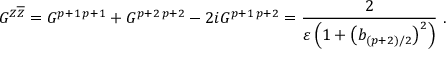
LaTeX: G ^ { Z \overline { { { Z } } } } = G ^ { p + 1 \, p + 1 } + G ^ { p + 2 \, p + 2 } - 2 i G ^ { p + 1 \, p + 2 } = \frac { 2 } { \varepsilon \left( 1 + \left( b _ { ( p + 2 ) / 2 } \right) ^ { 2 } \right) } ~ .